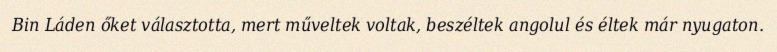
Bin Láden őket választotta, mert műveltek voltak, beszéltek angolul és éltek már nyugaton.